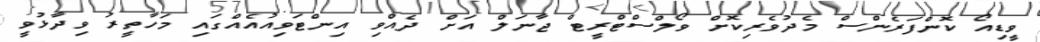
ވީޑިއޯ ކޮންފަރެންސް މެދުވެރިކޮށް ވޯލްސްޓްރީޓް ޖާނަލް އަށް ދެއްވި އިންޓަވިއުއެއްގައި މަހާތީރު ވިދާޅުވީ